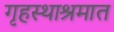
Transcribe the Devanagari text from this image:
गृहस्थाश्रमात